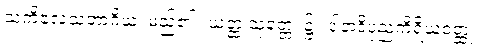
သံကိလေသဘာဂိယံ၊ မည်၏။ ယတ္ထ သုတ္တေ၊ ၌။ ဒါနာဒိပုညကိရိယဝတ္ထု၊